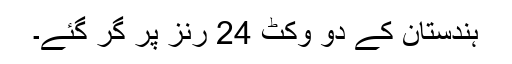
ہندستان کے دو وکٹ 24 رنز پر گر گئے۔